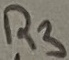
Text: R3